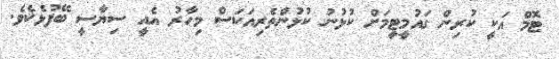
ޓޮމް އަކީ ކުރިން ގައުމީޓީމަށް ކުޅުނު ކުޅުންތެރިއަކަސް މިހާރު އެއީ ސިޔާސީ ބޭފުޅެކެވެ.